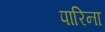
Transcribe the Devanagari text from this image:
पारिना